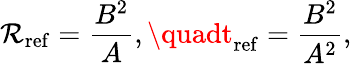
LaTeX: \mathcal{R}_{\mathrm{{ref}}}=\frac{{B^{2}}}{{A}},\quadt_{\mathrm{{ref}}}=\frac{{B^{2}}}{{A^{2}}},